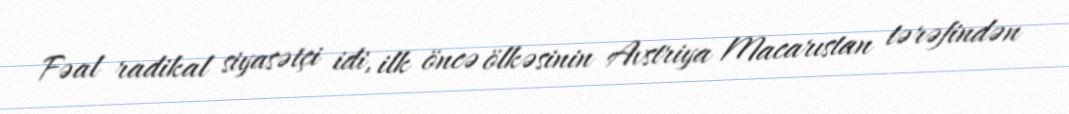
Fəal radikal siyasətçi idi, ilk öncə ölkəsinin Avstriya Macarıstan tərəfindən